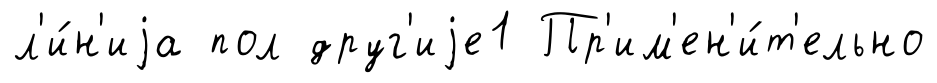
л'и́н'иjа пол друг'иjе1 Пр'им'ен'и́т'ельно